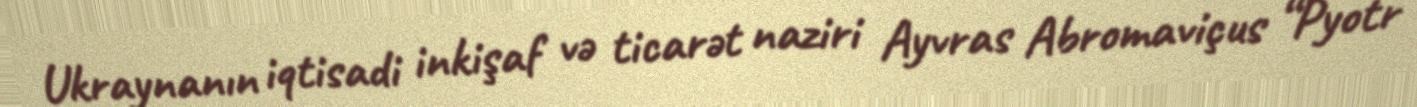
Ukraynanın iqtisadi inkişaf və ticarət naziri Ayvras Abromaviçus “Pyotr